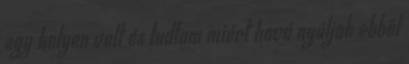
egy helyen volt és tudtam miért hová nyúljak ebből